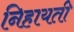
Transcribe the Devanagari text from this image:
निहायती